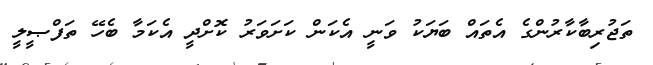
ތަޖުރިބާކާރުންގެ އެތައް ބަޔަކު ވަނީ އެކަން ކަށަވަރު ކޮށްދީ އެކަމާ ބެހޭ ތަފްޞީލީ